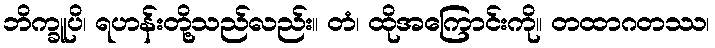
ဘိက္ခူပိ၊ ရဟန်းတို့သည်လည်း။ တံ၊ ထိုအကြောင်းကို။ တထာဂတဿ၊